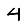
Digit: 4